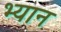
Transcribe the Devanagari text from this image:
भ्यान